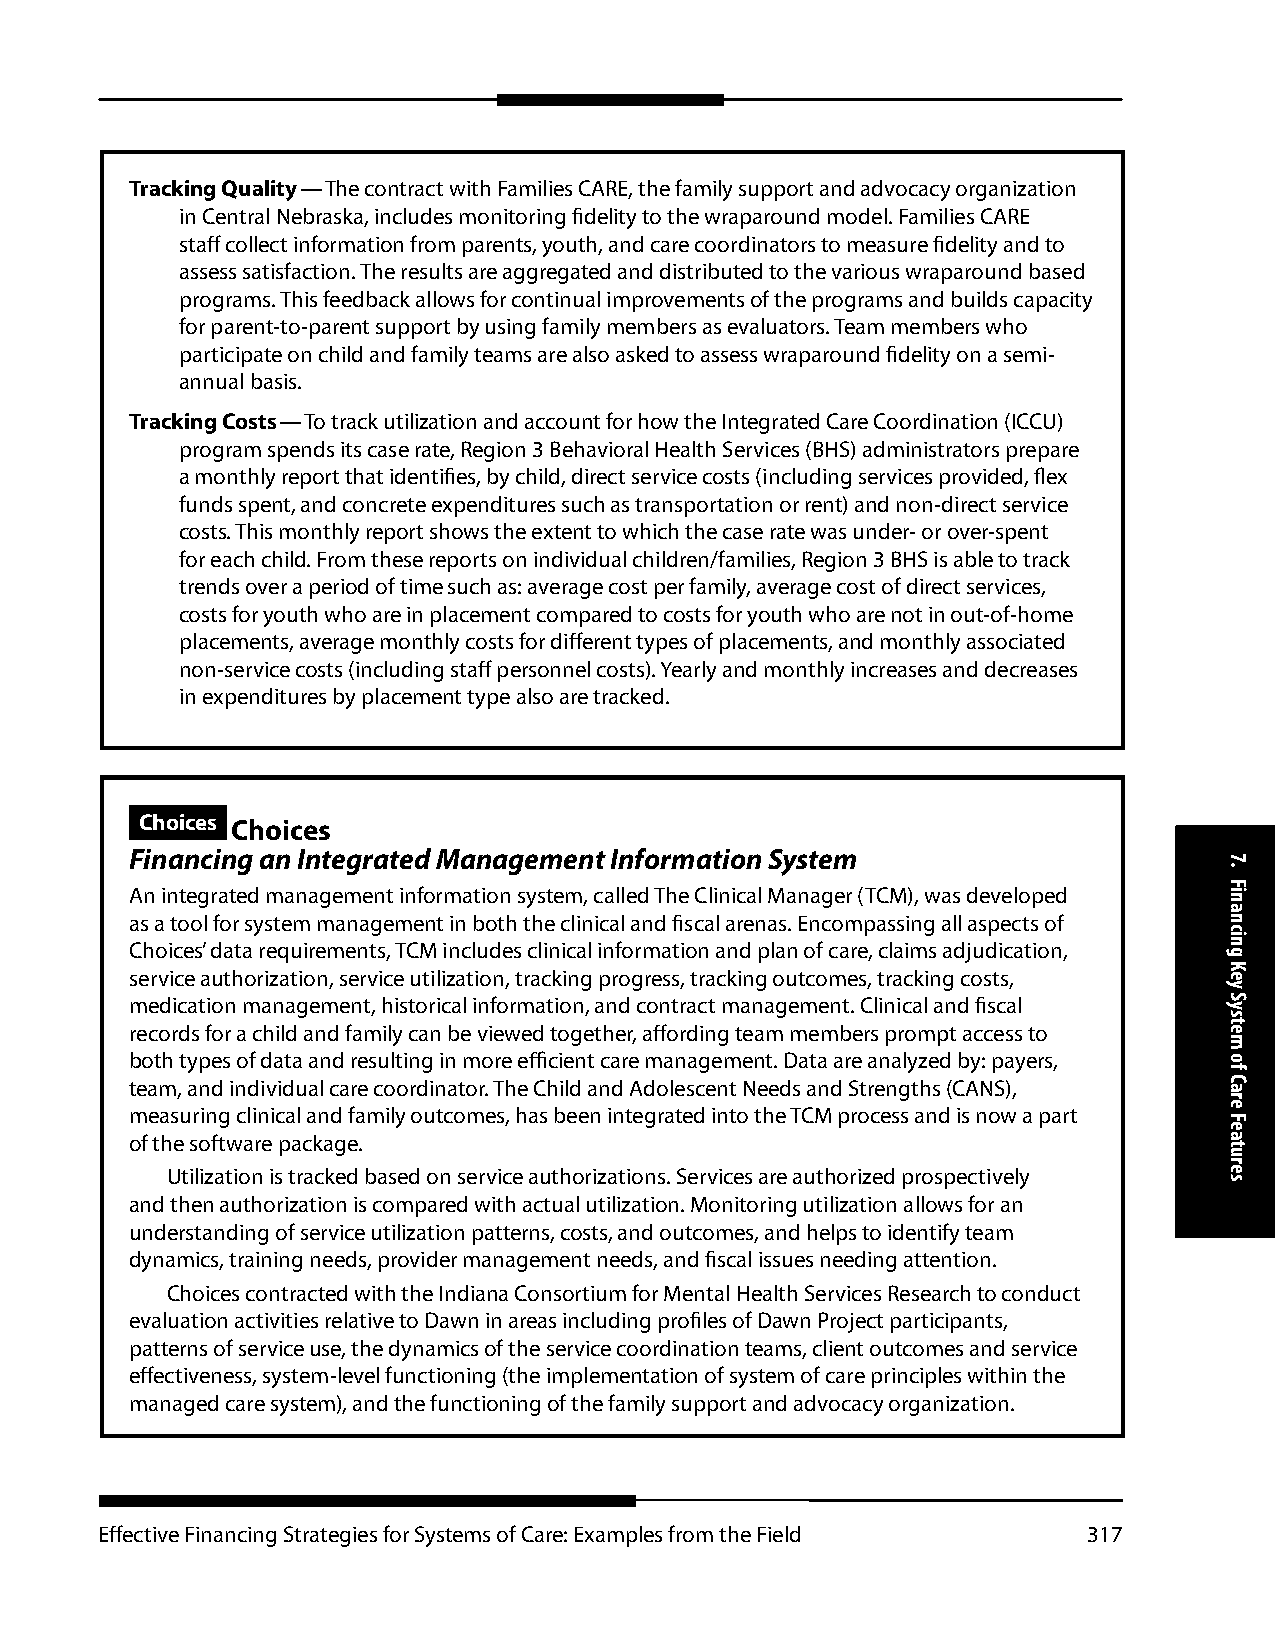
Tracking Quality — The contract with Families CARE, the family support and advocacy organization
 in Central Nebraska, includes monitoring fidelity to the wraparound model. Families CARE
 staff collect information from parents, youth, and care coordinators to measure fidelity and to
 assess satisfaction. The results are aggregated and distributed to the various wraparound based
 programs. This feedback allows for continual improvements of the programs and builds capacity
 for parent-to-parent support by using family members as evaluators. Team members who
 participate on child and family teams are also asked to assess wraparound fidelity on a semi-
 annual basis.
 Tracking Costs — To track utilization and account for how the Integrated Care Coordination (ICCU)
 program spends its case rate, Region 3 Behavioral Health Services (BHS) administrators prepare
 a monthly report that identifies, by child, direct service costs (including services provided, flex
 funds spent, and concrete expenditures such as transportation or rent) and non-direct service
 costs. This monthly report shows the extent to which the case rate was under- or over-spent
 for each child. From these reports on individual children/families, Region 3 BHS is able to track
 trends over a period of time such as: average cost per family, average cost of direct services,
 costs for youth who are in placement compared to costs for youth who are not in out-of-home
 placements, average monthly costs for different types of placements, and monthly associated
 non-service costs (including staff personnel costs). Yearly and monthly increases and decreases
 in expenditures by placement type also are tracked.
 Choices Choices
 Financing an Integrated Management Information System
 An integrated management information system, called The Clinical Manager (TCM), was developed
 as a tool for system management in both the clinical and fiscal arenas. Encompassing all aspects of
 Choices’ data requirements, TCM includes clinical information and plan of care, claims adjudication,
 service authorization, service utilization, tracking progress, tracking outcomes, tracking costs,
 medication management, historical information, and contract management. Clinical and fiscal
 records for a child and family can be viewed together, affording team members prompt access to
 both types of data and resulting in more efficient care management. Data are analyzed by: payers,
 team, and individual care coordinator. The Child and Adolescent Needs and Strengths (CANS),
 measuring clinical and family outcomes, has been integrated into the TCM process and is now a part
 of the software package.
 Utilization is tracked based on service authorizations. Services are authorized prospectively
 and then authorization is compared with actual utilization. Monitoring utilization allows for an
 understanding of service utilization patterns, costs, and outcomes, and helps to identify team
 dynamics, training needs, provider management needs, and fiscal issues needing attention.
 Choices contracted with the Indiana Consortium for Mental Health Services Research to conduct
 evaluation activities relative to Dawn in areas including profiles of Dawn Project participants,
 patterns of service use, the dynamics of the service coordination teams, client outcomes and service
 effectiveness, system-level functioning (the implementation of system of care principles within the
 managed care system), and the functioning of the family support and advocacy organization.
 Effective Financing Strategies for Systems of Care: Examples from the Field 317
 7.
 Financing
 Key
 System
 of
 Care
 Features